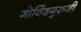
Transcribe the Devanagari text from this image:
गोविंदगुरुजी